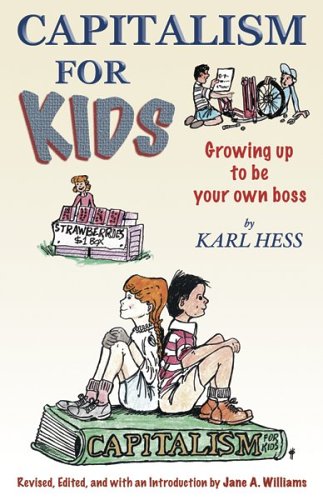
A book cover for Capitalism For Kids: Growing Up To Be Your Own Boss; Karl Hess; Business & Money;